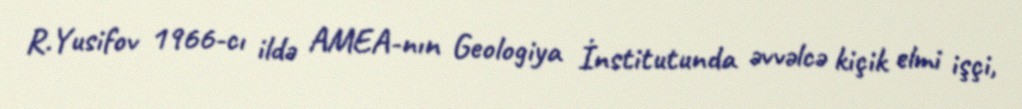
R.Yusifov 1966-cı ildə AMEA-nın Geologiya İnstitutunda əvvəlcə kiçik elmi işçi,